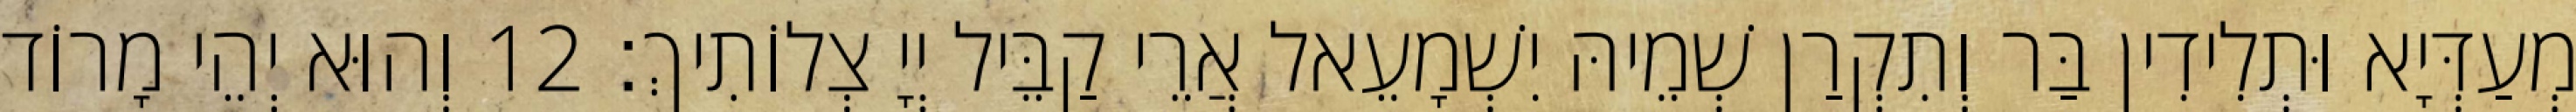
מְעַדְּיָא וּתְלִידִין בַּר וְתִקְרַן שְׁמֵיהּ יִשְׁמָעֵאל אֲרֵי קַבֵּיל יְיָ צְלוֹתִיךְ׃ 12 וְהוּא יְהֵי מָרוֹד